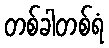
တစ်ခါတစ်ရံ